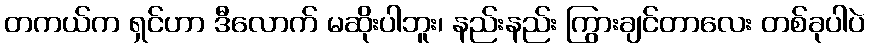
တကယ်က ရှင်ဟာ ဒီလောက် မဆိုးပါဘူး၊ နည်းနည်း ကြွားချင်တာလေး တစ်ခုပါပဲ